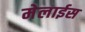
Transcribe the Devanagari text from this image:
मेलाईस